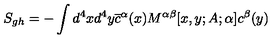
S _ { g h } = - \int d ^ { 4 } x d ^ { 4 } y \overline { { c } } ^ { \alpha } ( x ) M ^ { \alpha \beta } [ x , y ; A ; \alpha ] c ^ { \beta } ( y )